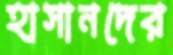
হাসানদের